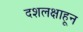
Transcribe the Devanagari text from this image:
दशलक्षाहून